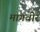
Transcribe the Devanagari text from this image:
मांगवीर